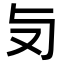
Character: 𠬣